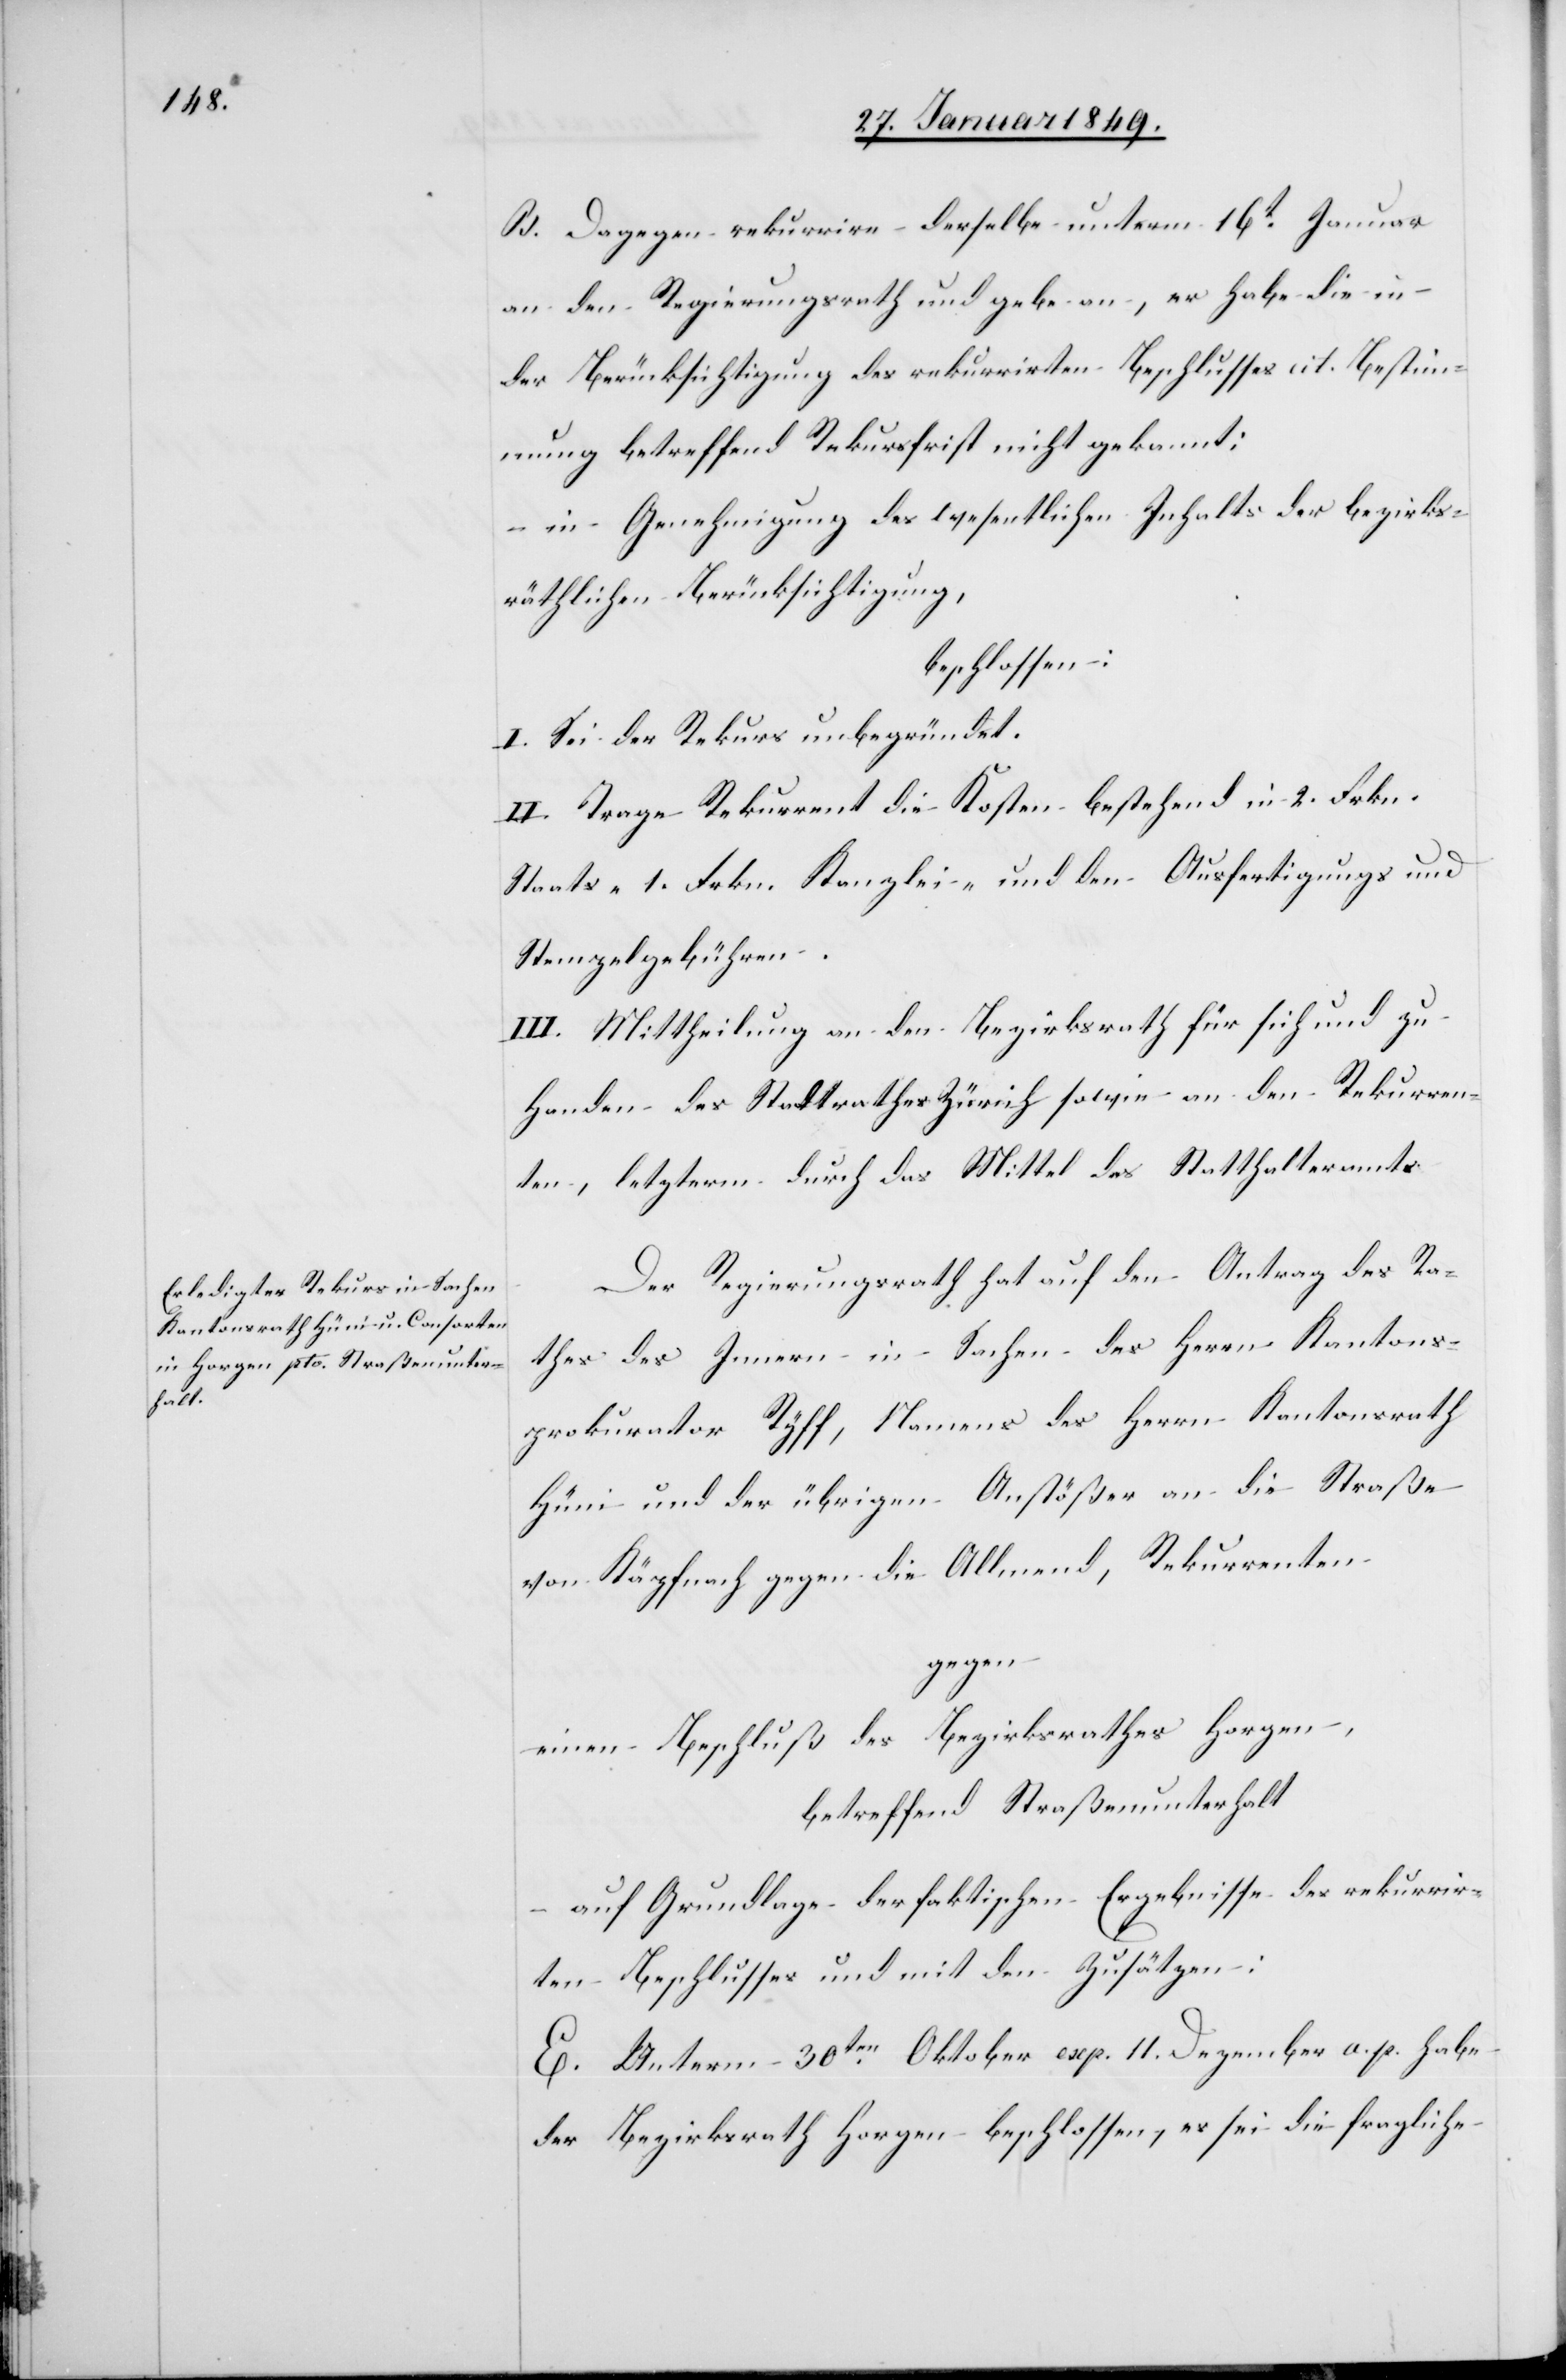
B. Dagegen rekurrire derselbe unterm 16t. Januar
an den Regierungsrath und gebe an, er habe die in
der Berücksichtigung des rekurrirten Beschlusses cit. Bestim¬
mung betreffend Rekursfrist nicht gekannt;
in Genehmigung des wesentlichen Inhalts der bezirks¬
räthlichen Berücksichtigung,
beschlossen:
I. Sei der Rekurs unbegründet.
II. Trage Rekurrent die Kosten bestehend in 2. Frkn.
Staats- 1. Frkn. Kanzlei- und den Ausfertigungs[-] und
Stempelgebühren.
III. Mittheilung an den Bezirksrath für sich und zu
Handen des Stadtrathes Zürich sowie an den Rekurren¬
ten, letzterm durch das Mittel des Statthalteramts.
Der Regierungsrath hat auf den Antrag des Ra¬
thes des Innern in Sachen des Herrn Kantons¬
prokurator Ryff, Namens des Herrn Kantonsrath
Hüni und der übrigen Anstößer an die Straße
von Käpfnach gegen die Allmend, Rekurrenten
gegen
einen Beschluß des Bezirksrathes Horgen,
betreffend Straßenunterhalt
auf Grundlage der faktischen Ergebnisse des rekurrir¬
ten Beschlusses und mit den Zusätzen:
E. Unterm 30ten. Oktober exp. 11. Dezember a. p. habe
der Bezirksrath Horgen beschlossen, es sei die fragliche